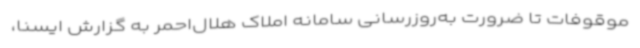
موقوفات تا ضرورت به‌روزرسانی سامانه املاک هلال‌احمر به گزارش ایسنا،